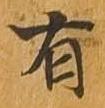
有